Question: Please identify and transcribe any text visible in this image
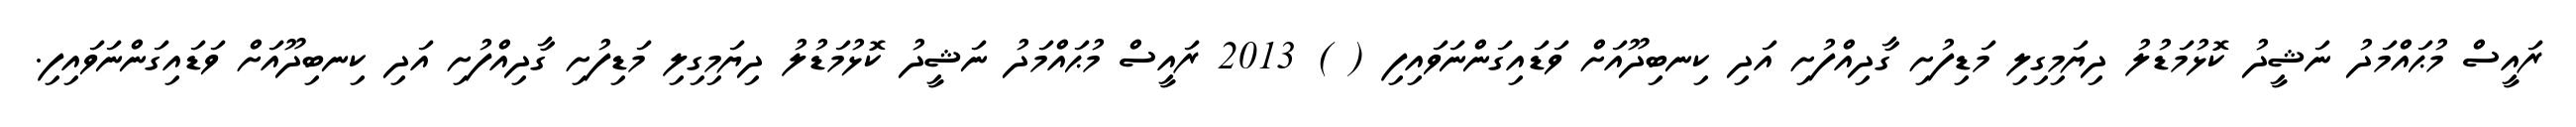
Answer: ރައީސް މުޙައްމަދު ނަޝީދު ކޮޅުމަޑުލު ދިޔަމިގިލި މަޑިފުށި ގާދިއްފުށި އަދި ކިނބިދޫއަށް ވަޑައިގަންނަވައިފި ( ) 2013 ރައީސް މުޙައްމަދު ނަޝީދު ކޮޅުމަޑުލު ދިޔަމިގިލި މަޑިފުށި ގާދިއްފުށި އަދި ކިނބިދޫއަށް ވަޑައިގަންނަވައިފި.